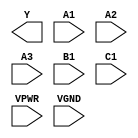
/**
 * Copyright 2020 The SkyWater PDK Authors
 *
 * Licensed under the Apache License, Version 2.0 (the "License");
 * you may not use this file except in compliance with the License.
 * You may obtain a copy of the License at
 *
 *     https://www.apache.org/licenses/LICENSE-2.0
 *
 * Unless required by applicable law or agreed to in writing, software
 * distributed under the License is distributed on an "AS IS" BASIS,
 * WITHOUT WARRANTIES OR CONDITIONS OF ANY KIND, either express or implied.
 * See the License for the specific language governing permissions and
 * limitations under the License.
 *
 * SPDX-License-Identifier: Apache-2.0
 */

`ifndef SKY130_FD_SC_HS__A311OI_PP_BLACKBOX_V
`define SKY130_FD_SC_HS__A311OI_PP_BLACKBOX_V

/**
 * a311oi: 3-input AND into first input of 3-input NOR.
 *
 *         Y = !((A1 & A2 & A3) | B1 | C1)
 *
 * Verilog stub definition (black box with power pins).
 *
 * WARNING: This file is autogenerated, do not modify directly!
 */

`timescale 1ns / 1ps
`default_nettype none

(* blackbox *)
module sky130_fd_sc_hs__a311oi (
    Y   ,
    A1  ,
    A2  ,
    A3  ,
    B1  ,
    C1  ,
    VPWR,
    VGND
);

    output Y   ;
    input  A1  ;
    input  A2  ;
    input  A3  ;
    input  B1  ;
    input  C1  ;
    input  VPWR;
    input  VGND;
endmodule

`default_nettype wire
`endif  // SKY130_FD_SC_HS__A311OI_PP_BLACKBOX_V